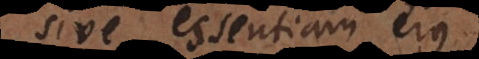
sive essentiam ejus